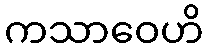
ကသာဝေဟိ